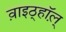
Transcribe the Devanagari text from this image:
व़ाइठ्हाॅल़्